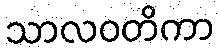
သာလဝတိကာ